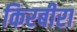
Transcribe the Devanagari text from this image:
किरबीरा